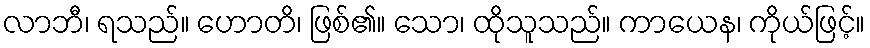
လာဘီ၊ ရသည်။ ဟောတိ၊ ဖြစ်၏။ သော၊ ထိုသူသည်။ ကာယေန၊ ကိုယ်ဖြင့်။